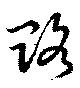
賂